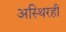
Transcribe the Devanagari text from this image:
अस्थिरही